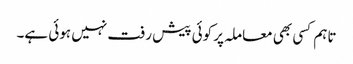
تاہم کسی بھی معاملہ پر کوئی پیش رفت نہیں ہوئی ہے۔